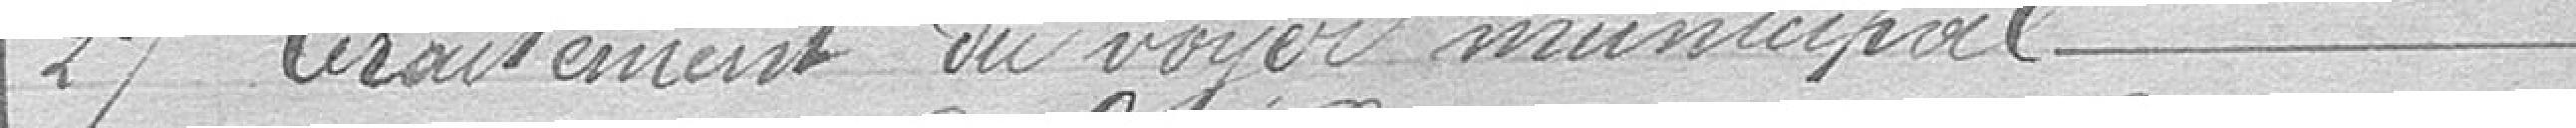
24 traitement du voyer municipal